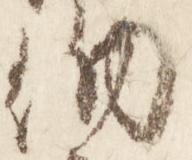
納